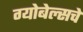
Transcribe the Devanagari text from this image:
ग्योबेल्सचे